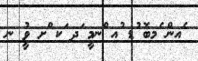
ެއން ެމބޮ ުޑ ުއ ްނމީ ަދ ަކ ްށ ވީު ނ